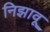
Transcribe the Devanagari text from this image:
निझावू